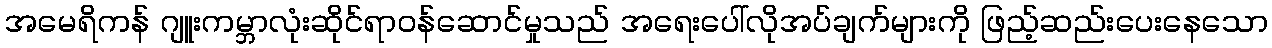
အမေရိကန် ဂျူးကမ္ဘာလုံးဆိုင်ရာဝန်ဆောင်မှုသည် အရေးပေါ်လိုအပ်ချက်များကို ဖြည့်ဆည်းပေးနေသော